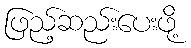
ဖြည့်ဆည်းပေးဖို့